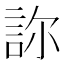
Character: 𧦽